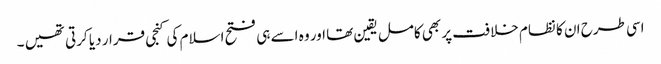
اسی طرح ان کا نظام خلافت پر بھی کامل یقین تھا اور وہ اسے ہی فتح اسلام کی کنجی قرار دیا کرتی تھیں ۔